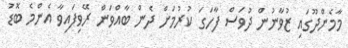
މާމެންދޫގައި ޒުވާނުން ދުވަސް ފާހަގަ ކުރުމަށް ދެން ބާއްވަން ރޭވިފައިވާ އެންމެ ބޮޑު